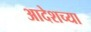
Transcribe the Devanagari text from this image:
आदेशच्या